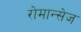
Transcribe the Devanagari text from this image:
रोमान्सेज